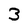
Character: 3